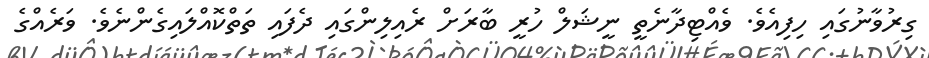
ގިރުވާނުގައި ހިފިއެވެ. ވެއްޓިދާނެތީ ނީޝަލް ހުރީ ބާރަށް ރެއިލިންގައި ދެފައި ތަތްކޮއްލައިގެންނެވެ. ވަރެއްގެ